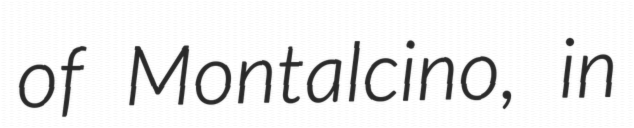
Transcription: of Montalcino, in